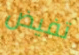
تفيض